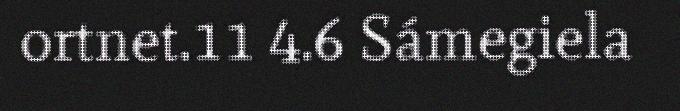
ortnet.11 4.6 Sámegiela